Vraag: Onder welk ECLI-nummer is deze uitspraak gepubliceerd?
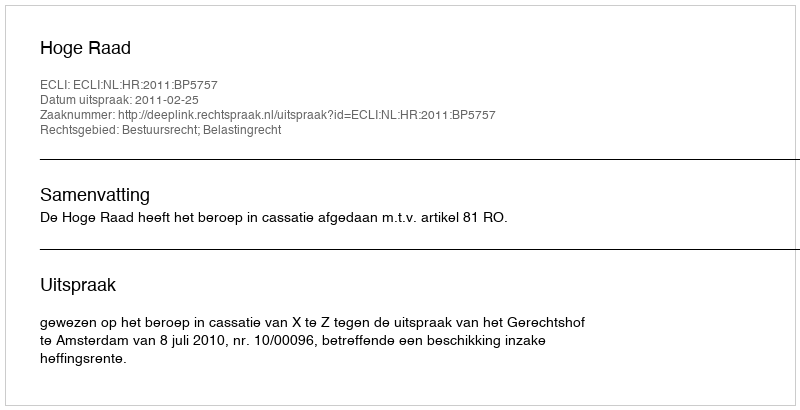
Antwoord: ECLI:NL:HR:2011:BP5757